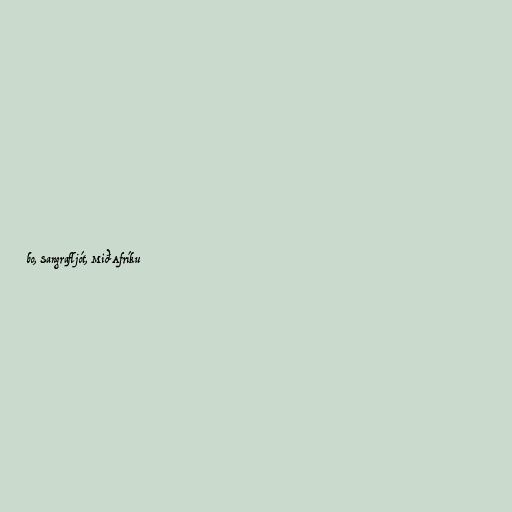
bo, Sangrafljót, Mið-Afríku